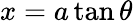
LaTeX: x=a\tan\theta